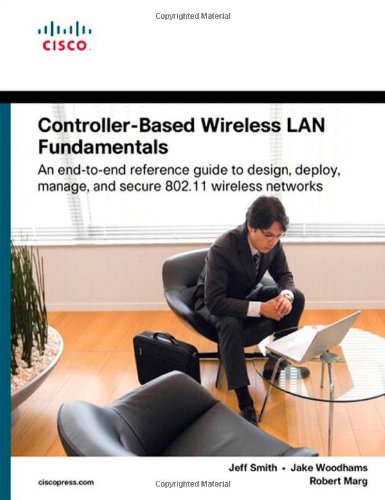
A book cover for Controller-Based Wireless LAN Fundamentals: An end-to-end reference guide to design, deploy, manage, and secure 802.11 wireless networks; Jeff Smith; Computers & Technology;